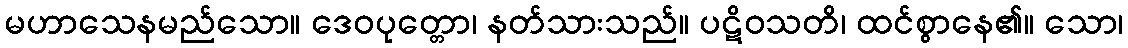
မဟာသေနမည်သော။ ဒေဝပုတ္တော၊ နတ်သားသည်။ ပဋိဝသတိ၊ ထင်စွာနေ၏။ သော၊